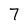
Character: 7